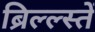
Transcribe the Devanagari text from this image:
ब्रिल्ल्स्तें